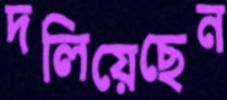
দলিয়েছেন